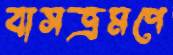
বাসভ্রমণে